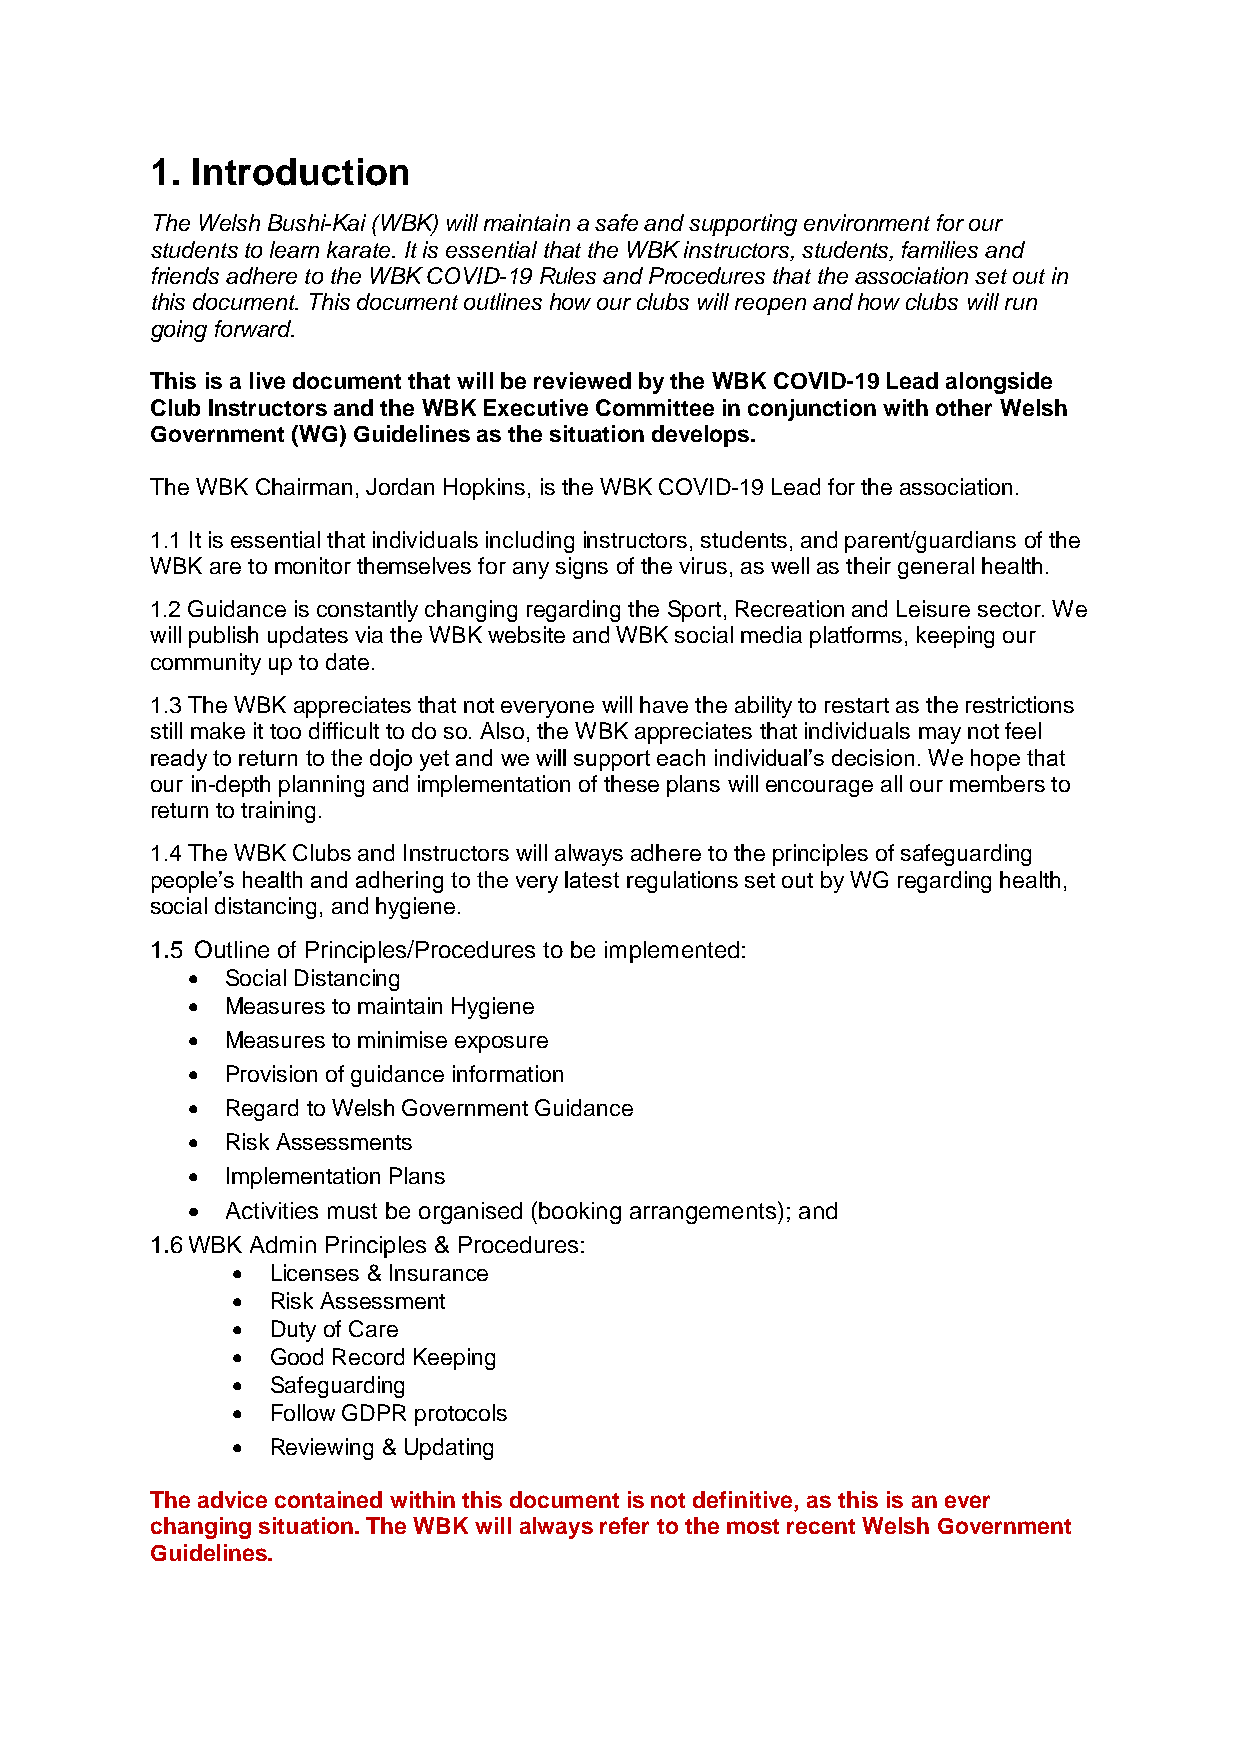
1. Introduction
 The Welsh Bushi-Kai (WBK) will maintain a safe and supporting environment for our
 students to learn karate. It is essential that the WBK instructors, students, families and
 friends adhere to the WBK COVID-19 Rules and Procedures that the association set out in
 this document. This document outlines how our clubs will reopen and how clubs will run
 going forward.
 This is a live document that will be reviewed by the WBK COVID-19 Lead alongside
 Club Instructors and the WBK Executive Committee in conjunction with other Welsh
 Government (WG) Guidelines as the situation develops.
 The WBK Chairman, Jordan Hopkins, is the WBK COVID-19 Lead for the association.
 1.1 It is essential that individuals including instructors, students, and parent/guardians of the
 WBK are to monitor themselves for any signs of the virus, as well as their general health.
 1.2 Guidance is constantly changing regarding the Sport, Recreation and Leisure sector. We
 will publish updates via the WBK website and WBK social media platforms, keeping our
 community up to date.
 1.3 The WBK appreciates that not everyone will have the ability to restart as the restrictions
 still make it too difficult to do so. Also, the WBK appreciates that individuals may not feel
 ready to return to the dojo yet and we will support each individual’s decision. We hope that
 our in-depth planning and implementation of these plans will encourage all our members to
 return to training.
 1.4 The WBK Clubs and Instructors will always adhere to the principles of safeguarding
 people’s health and adhering to the very latest regulations set out by WG regarding health,
 social distancing, and hygiene.
 1.5 Outline of Principles/Procedures to be implemented:
   Social Distancing
   Measures to maintain Hygiene
   Measures to minimise exposure
   Provision of guidance information
   Regard to Welsh Government Guidance
   Risk Assessments
   Implementation Plans
   Activities must be organised (booking arrangements); and
 1.6 WBK Admin Principles & Procedures:
   Licenses & Insurance
   Risk Assessment
   Duty of Care
   Good Record Keeping
   Safeguarding
   Follow GDPR protocols
   Reviewing & Updating
 The advice contained within this document is not definitive, as this is an ever
 changing situation. The WBK will always refer to the most recent Welsh Government
 Guidelines.